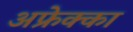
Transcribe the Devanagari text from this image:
अफ्रेक्का